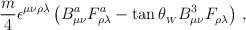
\begin{align*}{m \over 4}\epsilon^{\mu\nu\rho\lambda}\left(B^a_{\mu\nu}F^a_{\rho\lambda} - \tan\theta_{_W} B^3_{\mu\nu} F^{}_{\rho\lambda}\right)\,,\end{align*}